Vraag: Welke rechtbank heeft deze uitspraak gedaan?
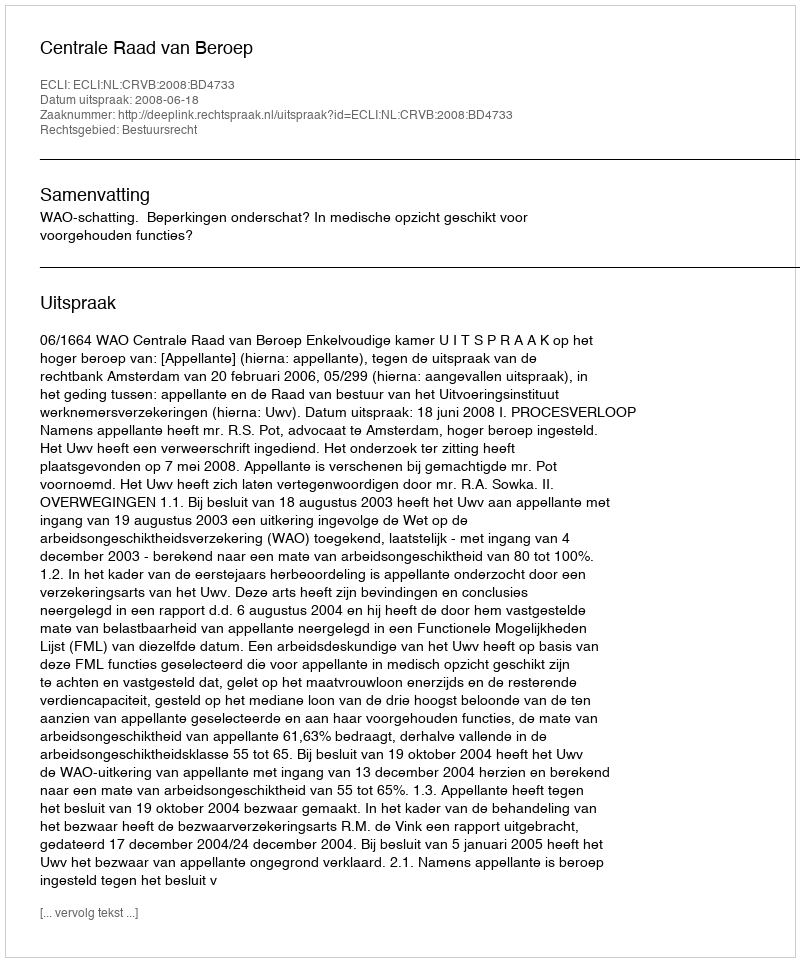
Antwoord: Centrale Raad van Beroep